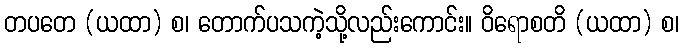
တပတေ (ယထာ) စ၊ တောက်ပသကဲ့သို့လည်းကောင်း။ ဝိရောစတိ (ယထာ) စ၊